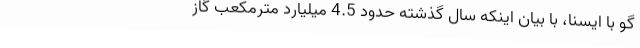
گو با ایسنا، با بیان اینکه سال گذشته حدود 4.5 میلیارد مترمکعب گاز